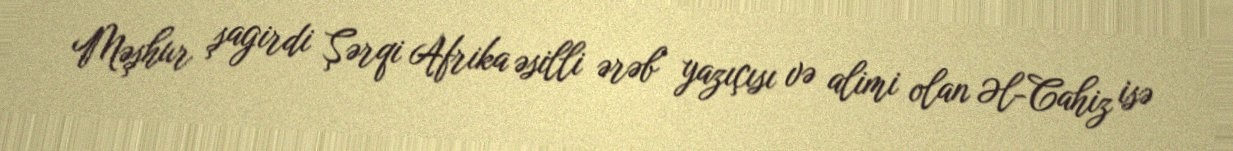
Məşhur şagirdi Şərqi Afrika əsilli ərəb yazıçısı və alimi olan Əl-Cahiz isə